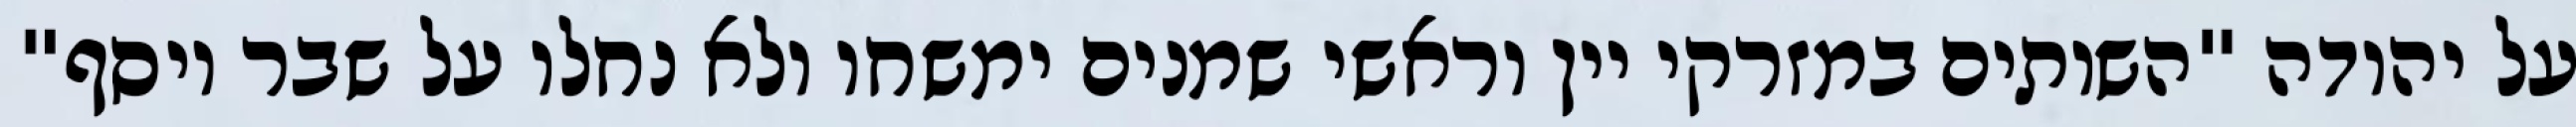
על יהודה "השותים במזרקי יין וראשי‏ שמנים ימשחו ולא נחלו על שבר יוסף"